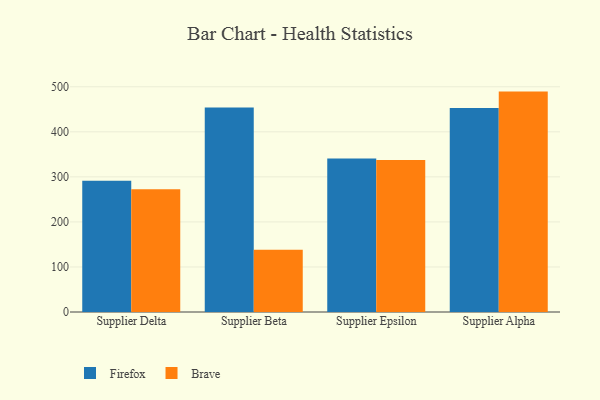
{"axis": {"x": "Supplier", "y": "LTV (USD)"}, "legend": ["Brave", "Firefox"], "data": [{"x": "Supplier Delta", "y": 291.4, "type": "Firefox"}, {"x": "Supplier Delta", "y": 272.5, "type": "Brave"}, {"x": "Supplier Beta", "y": 454.2, "type": "Firefox"}, {"x": "Supplier Beta", "y": 138.3, "type": "Brave"}, {"x": "Supplier Epsilon", "y": 340.9, "type": "Firefox"}, {"x": "Supplier Epsilon", "y": 337.2, "type": "Brave"}, {"x": "Supplier Alpha", "y": 452.8, "type": "Firefox"}, {"x": "Supplier Alpha", "y": 489.3, "type": "Brave"}]}